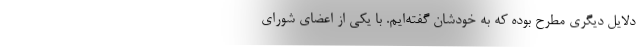
دلایل دیگری مطرح بوده که به خودشان گفته‌ایم. با یکی از اعضای شورای